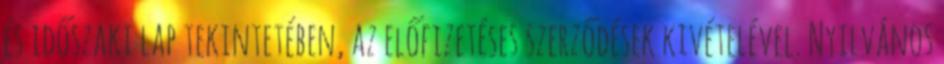
és időszaki lap tekintetében, az előfizetéses szerződések kivételével. Nyilvános